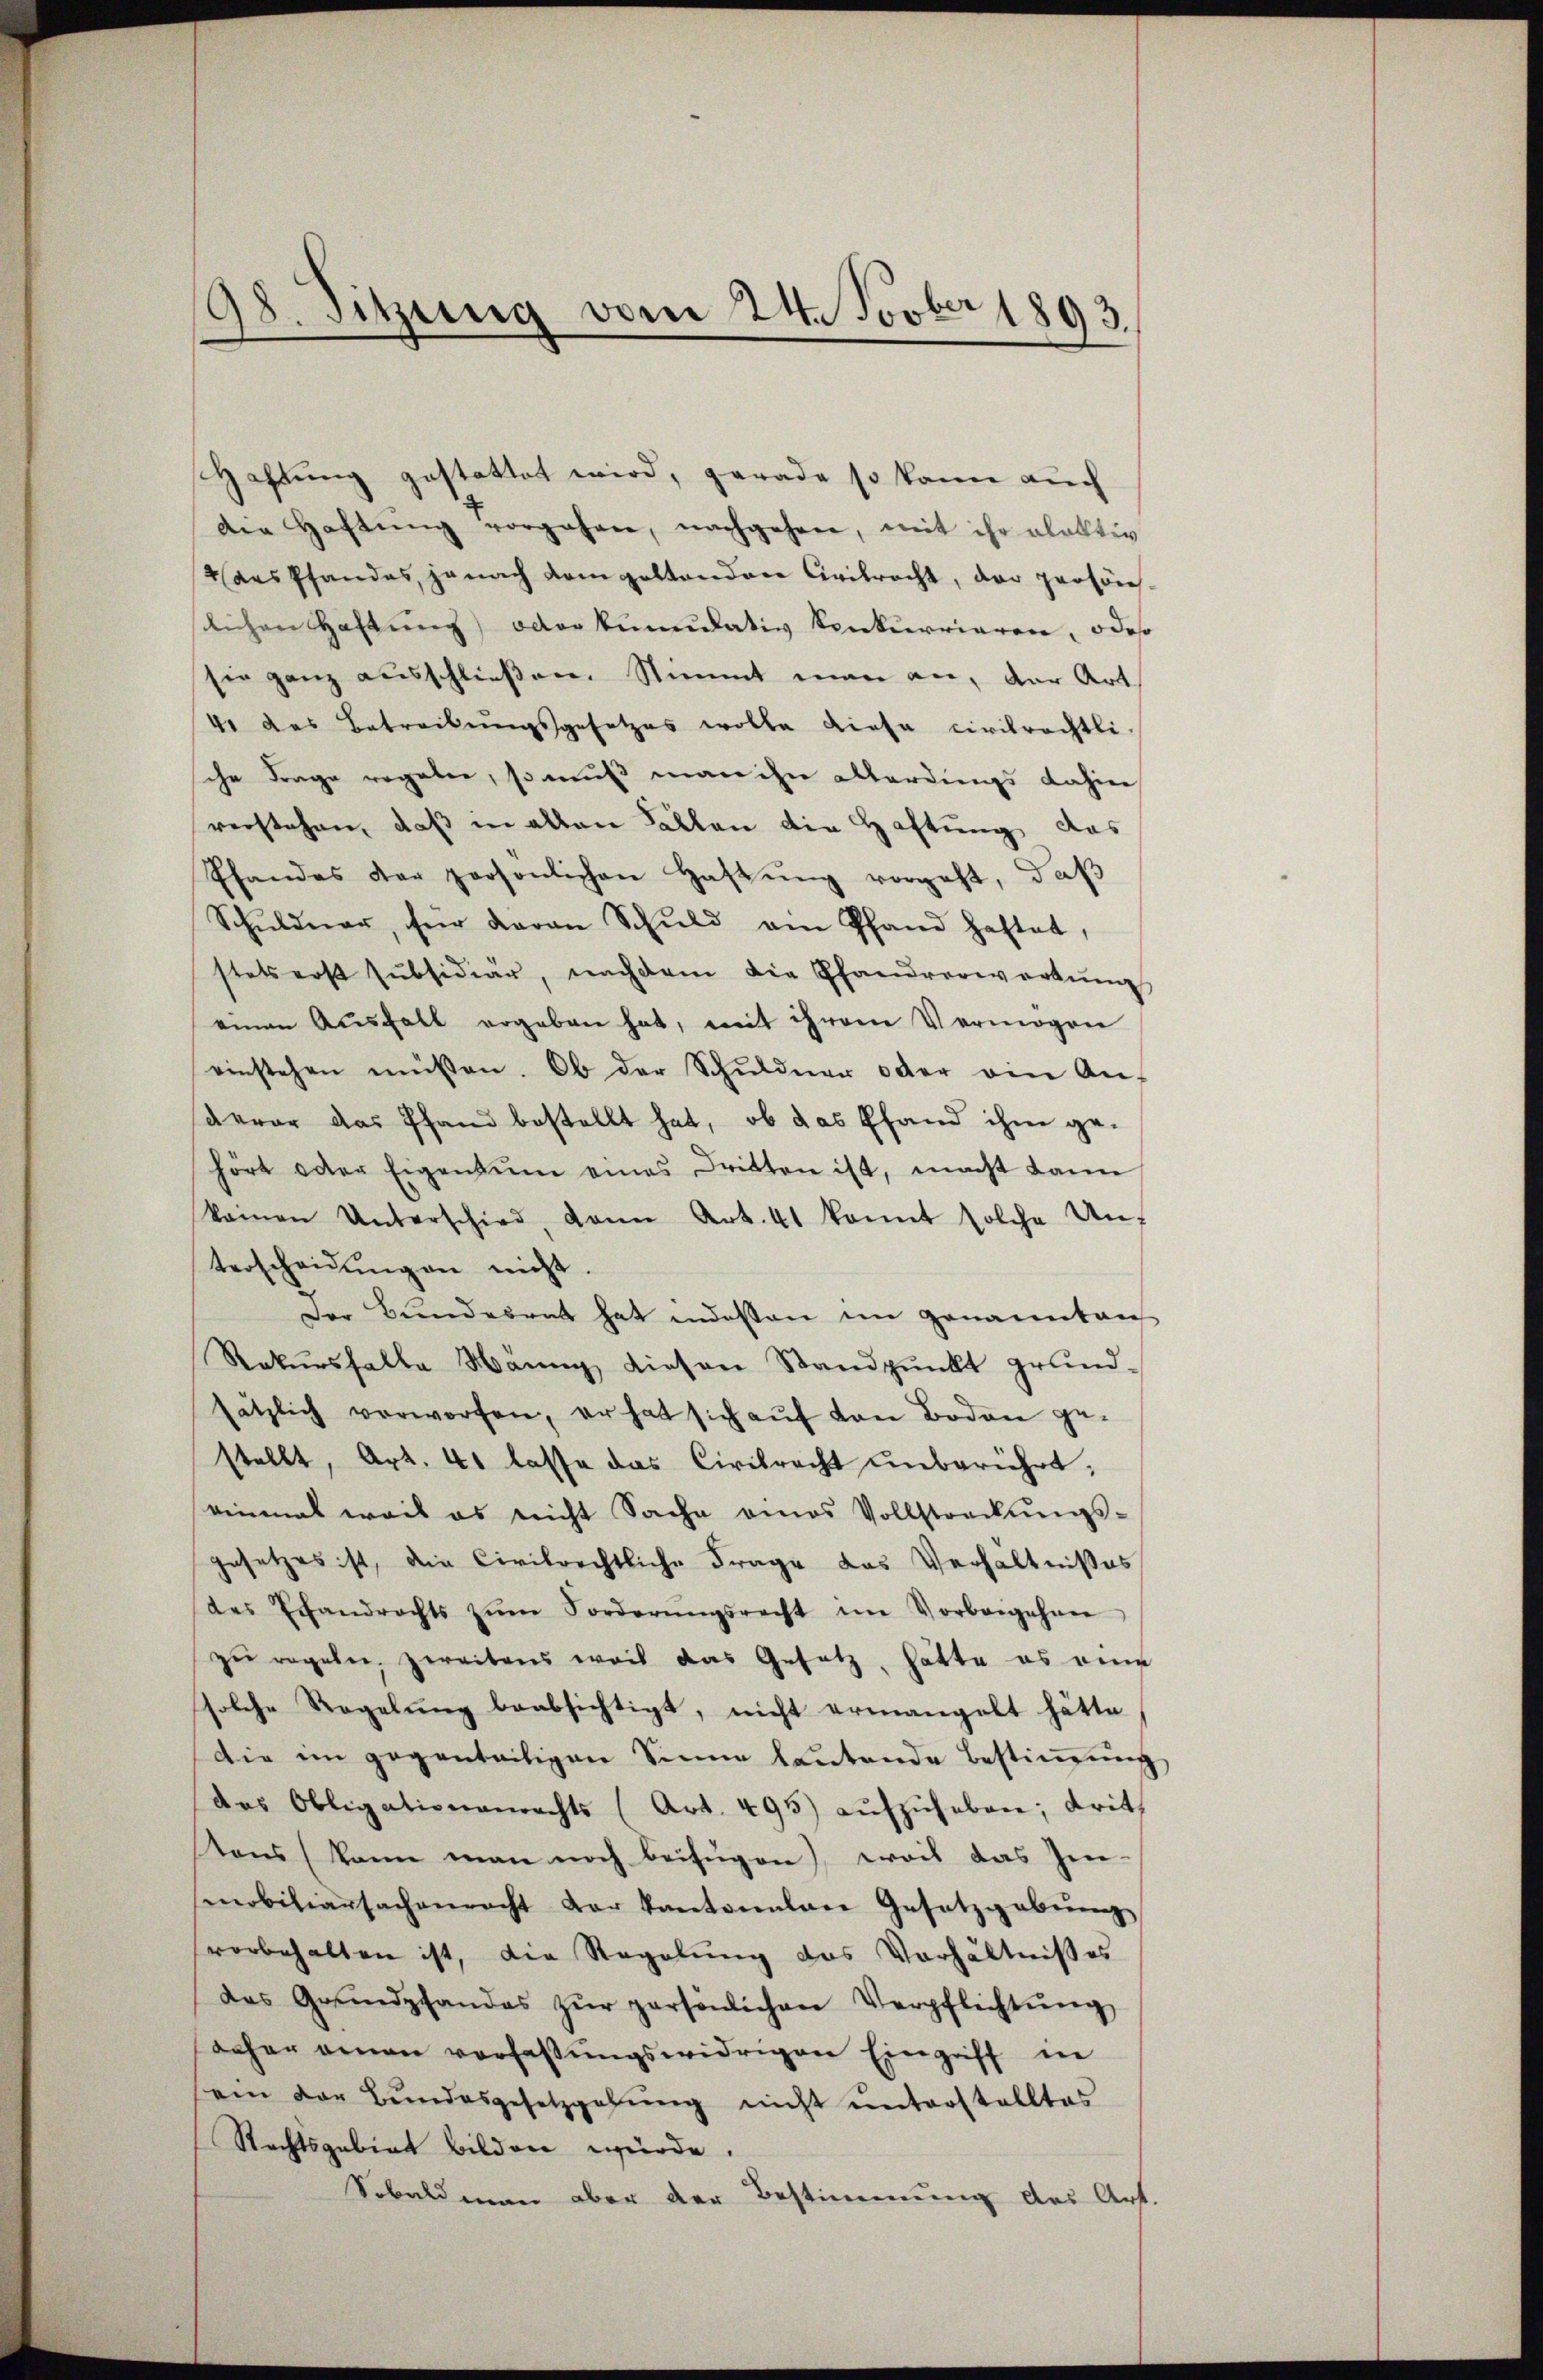
198. Sitzung vom 24. Novber 1893.

Haftung gestattet wird, gerade so kann auch
Die Haftŭng vorgehen, nachgehen, mit ihr alaktiv
aes Pfandes je nach dem geltenden Civilrecht, der persön-
slichen Haftung) oderkundativ konkurrieren, odes
sie ganz ausschließen. Stimmt man an, der Art
4 das Betreibungsgesetzes wolle diese Civilrechtli
che Frage regeler, so muß man ihn allerdings dahier
verstehen, daß in allen Fällen die Haftung das
Thandes der persönlichen Haftŭng vorgeht, daβ
Schŭldner, für daran Schŭld am Pfand haftet,
stets erst subsidiär, nachdem die Pfandverwartung
einen Aŭsfall ergeben hat, mit ihrem Vermögen
einstehen müssen. Ob der Schŭldner oder ein An-
saerar das Pfand bestellt hat, ob das Pfand ihm gehört oder Eigentum eines Dritten ist, macht dann
keinen Unterschied, dann Art. 41 kannt solche Un-
terscheidŭngen nicht.
Der Bundesrat hat indesten im genannten
Rekŭrshalte Mann diesen Standpŭnkt grund-
sätzlich verworfen, er hat sich aŭf von Boden ge-
stellt, Art. 41 lasse das Civilrecht unberührt,
einmal weil es nicht Sache eines Vollstreckŭngs-
gesetzes ist, die Civilrechtliche Frage das Verhältnißes
des Exandrechts zŭm Forderŭngsrecht im Vorbegehrer
zŭ regeln, zweitens wais das Gesatz, hatte es eing
solche Regelŭng beabsichtigt, nicht ermangelt hätte
die im gegenteiligen Sinne lautende Bestimmung
das Obligationenrechts (Art. 495) aŭfzŭheben; dritt
ans (kann man noch beifügen), weis das In-
smobiliarsachenrecht der Kantonalane Gesetzgebung
vorbehalten ist, die Regelŭng das Verhältnißes
das Grundpfandes zŭr persönlichen Verpflichtŭng
daher einen verfaßungswidrigen Eingriff in
ein der Bundesgesetzgebung nicht unterstelltes
Rechtsgebiet bilden würde.
Sobaldmann aber der Bestimmung des Art.